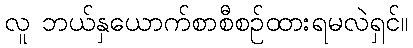
လူ ဘယ်နှယောက်စာစီစဉ်ထားရမလဲရှင်။